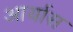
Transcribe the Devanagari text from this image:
आर्यास